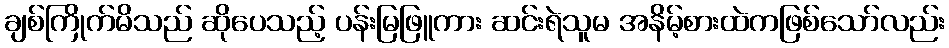
ချစ်ကြိုက်မိသည် ဆိုပေသည့် ပန်းမြဖြူကား ဆင်းရဲသူမ အနိမ့်စားထဲကဖြစ်သော်လည်း